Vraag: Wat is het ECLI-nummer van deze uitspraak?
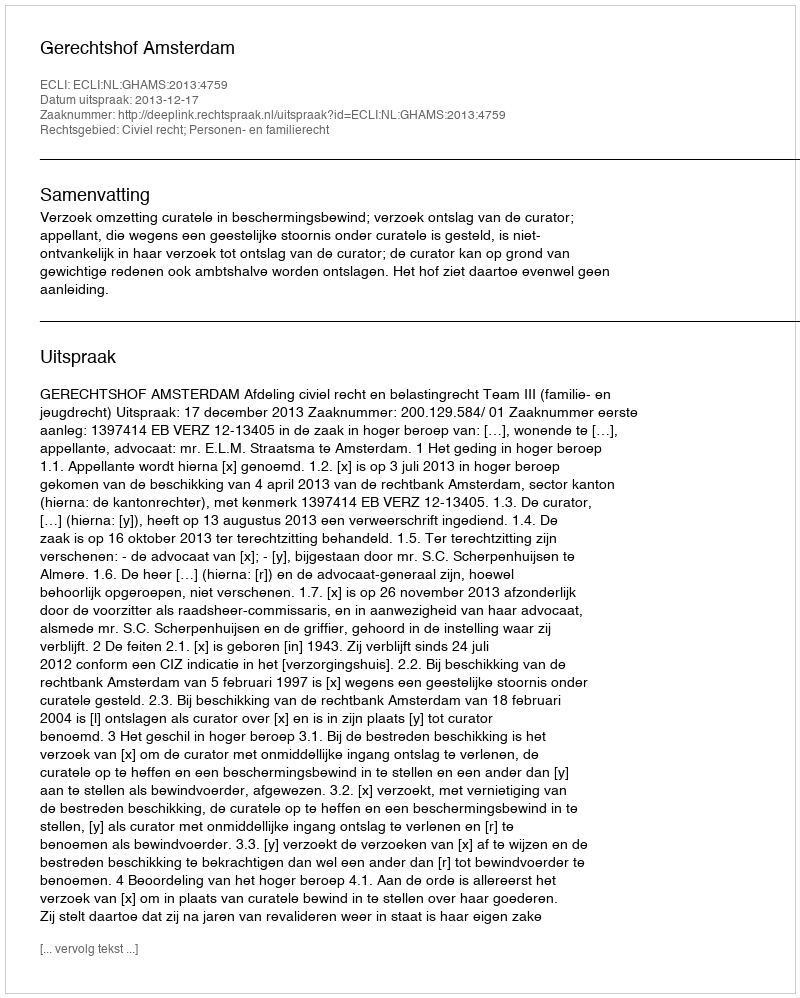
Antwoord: ECLI:NL:GHAMS:2013:4759